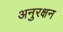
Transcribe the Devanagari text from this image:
अनुरक्षन